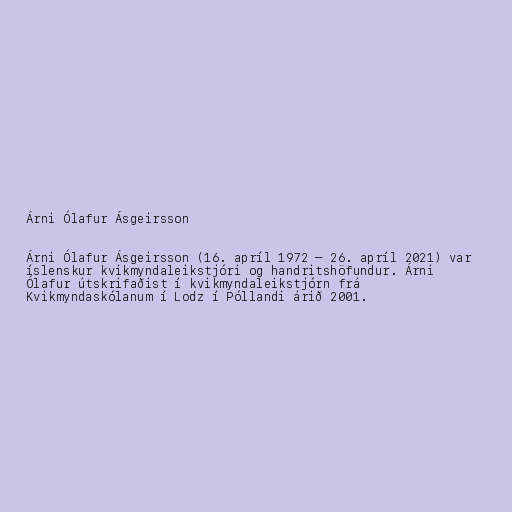
Árni Ólafur Ásgeirsson

Árni Ólafur Ásgeirsson (16. apríl 1972 – 26. apríl 2021) var
íslenskur kvikmyndaleikstjóri og handritshöfundur. Árni
Ólafur útskrifaðist í kvikmyndaleikstjórn frá
Kvikmyndaskólanum í Lodz í Póllandi árið 2001.